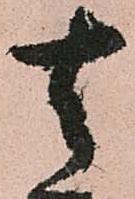
去